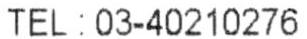
TEL : 03-40210276